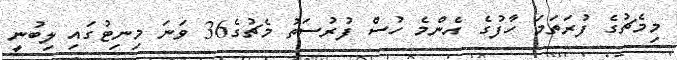
މިމެޗުގެ ފުރަތަމަ ހާފުގެ އެންމެ ހުސް ފުރުސަތު މެޗުގެ36 ވަނަ މިނިޓުގައި ލިބުނީ